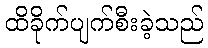
ထိခိုက်ပျက်စီးခဲ့သည်